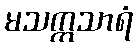
မသက္ကသာရံ